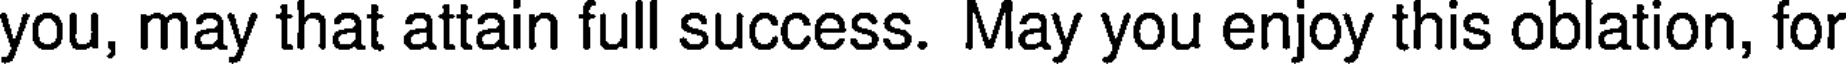
you, may that attain full success. May you enjoy this oblation, for